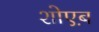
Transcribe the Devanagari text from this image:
शोएब़